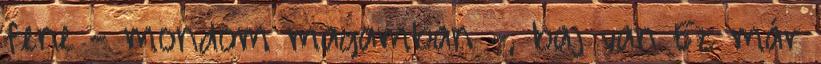
fene - mondom magamban -, baj van Ez már